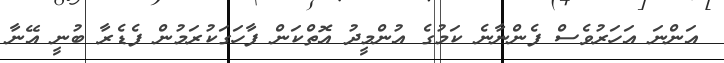
އަންނަ އަހަރުވެސް ފެންނާނެ ކަމުގެ އުންމީދު އޮތްކަން ފާހަގަކުރަމުން ފެޑެރާ ބުނީ އޭނާ